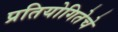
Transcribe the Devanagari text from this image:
प्रतियोगितेचे